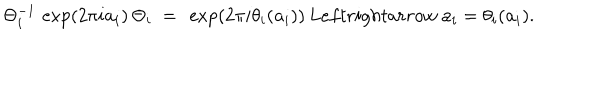
LaTeX: \Theta _ { i } ^ { - 1 } \, \exp \left( 2 \pi i \mathbf { a } _ { i } \right) \, \Theta _ { i } \ = \ \exp \left( 2 \pi i \theta _ { i } ( \mathbf { a } _ { i } ) \right) \, L e f t r i g h t a r r o w \ \mathbf { a } _ { i } = \theta _ { i } ( \mathbf { a } _ { i } ) .